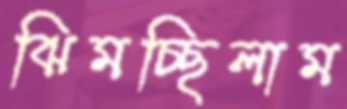
ঝিমচ্ছিলাম